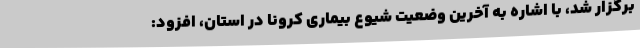
برگزار شد، با اشاره به آخرین وضعیت شیوع بیماری کرونا در استان، افزود: